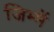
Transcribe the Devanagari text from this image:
जिम्में